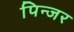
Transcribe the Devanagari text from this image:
पिन्जर